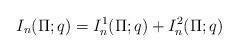
LaTeX: \begin{align*} I_n(\Pi;q) = I_n^{1}(\Pi;q) + I_n^{2}(\Pi;q)\end{align*}